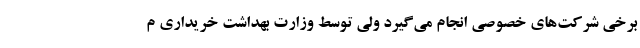
برخی شرکت‌های خصوصی انجام می‌گیرد ولی توسط وزارت بهداشت خریداری م